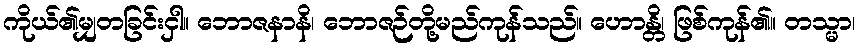
ကိုယ်၏မျှတခြင်းငှါ။ ဘောဇနာနိ၊ ဘောဇဉ်တို့မည်ကုန်သည်။ ဟောန္တိ၊ ဖြစ်ကုန်၏။ တသ္မာ၊